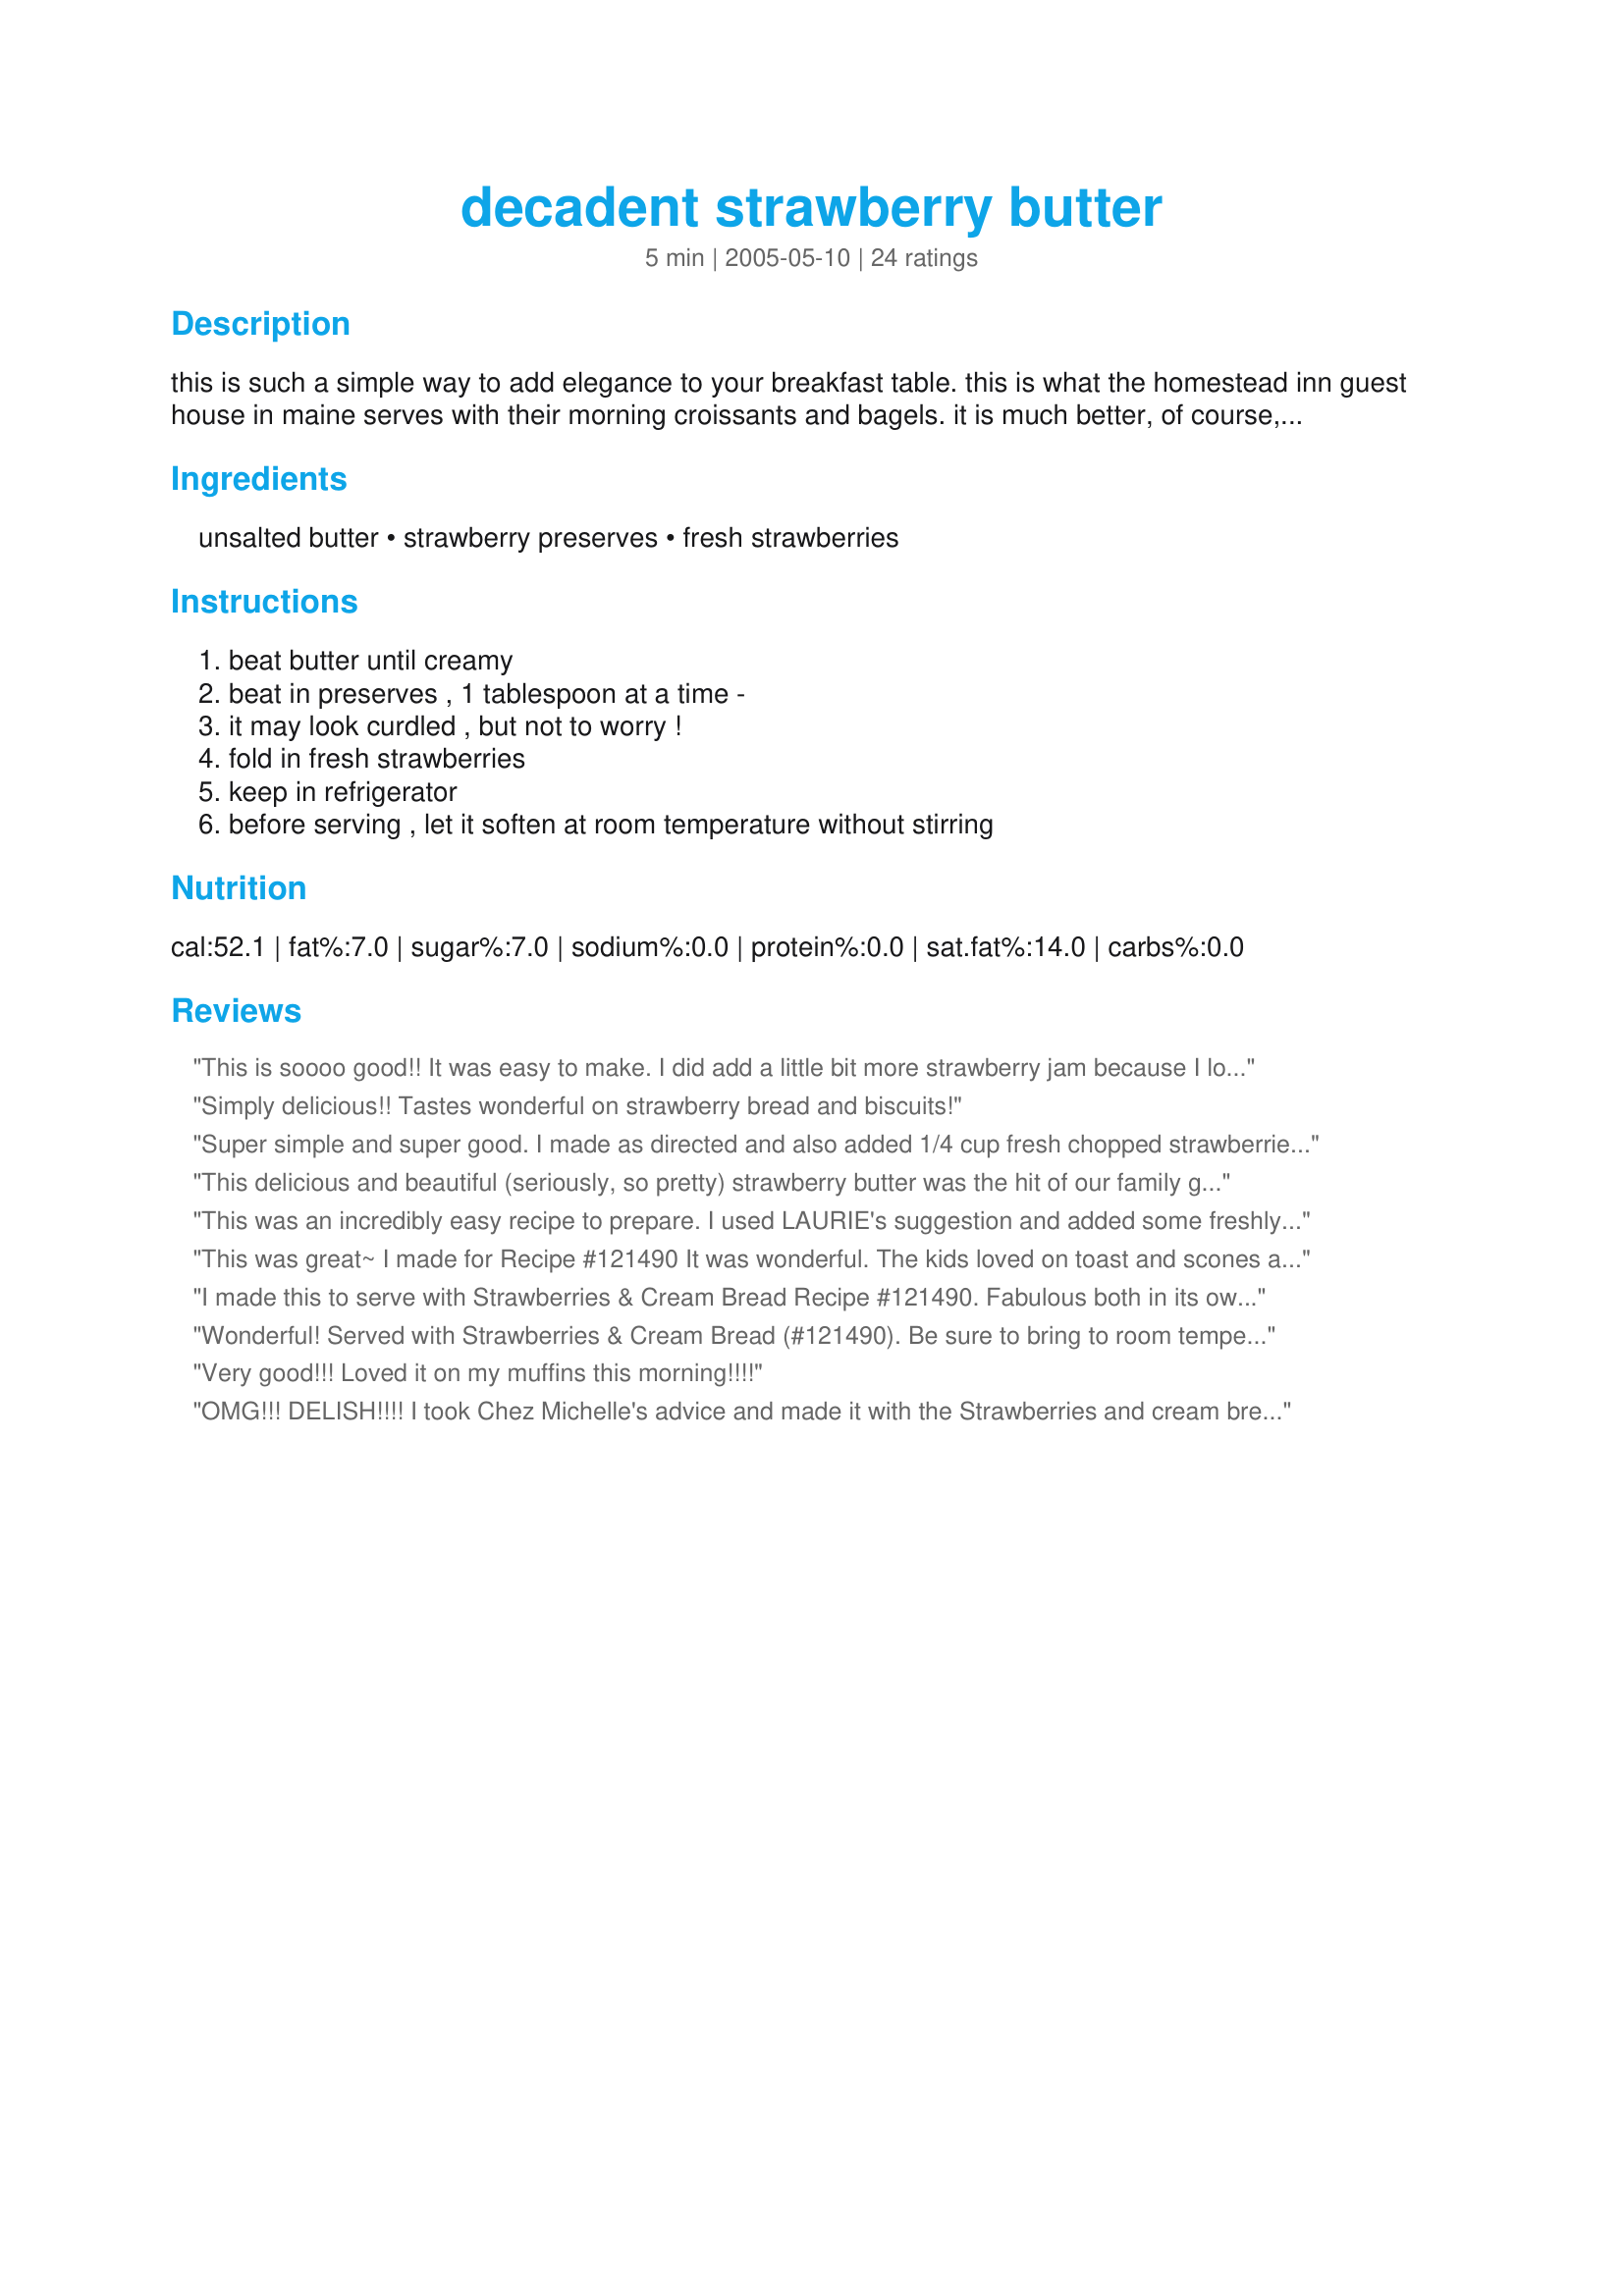
decadent strawberry butter
Preparation time: 5 minutes

this is such a simple way to add elegance to your breakfast table. this is what the homestead inn guest house in maine serves with their morning croissants and bagels. it is much better, of course, if you make it with homemade strawberry jam. i have made it with blackberry and raspberry jam as well. it is a little something that will make your guests think you are a kitchen genius. serving size is an estimate.

Ingredients:
unsalted butter, strawberry preserves, fresh strawberries

Steps:
beat butter until creamy, beat in preserves , 1 tablespoon at a time -, it may look curdled , but not to worry !, fold in fresh strawberries, keep in refrigerator, before serving , let it soften at room temperature without stirring

Reviews:
This is soooo good!! It was easy to make. I did add a little bit more strawberry jam because I love strawberries. I put it on Recipe #322442 which was really good!! I have been looking for something to put on pancakes other than syrup, and this was perfect. I want to try it in toast as well. I will be making this again. Thanks for sharing your recipe. Made for PAC Fall' 08.
Simply delicious!! Tastes wonderful on strawberry bread and biscuits!
Super simple and super good. I made as directed and also added 1/4 cup fresh chopped strawberries. Had it this morning on a toasted bagel and this afternoon on a slice of homemade banana bread. To quote Rachael Ray......YUM O! Thanx Cheryl for a great recipe!
This delicious and beautiful (seriously, so pretty) strawberry butter was the hit of our family gathering. Everyone loved it on croissants and even atop almond poppy seed muffins! It was amazingly simple to prepare too. I wouldn&#039;t change at thing. Thank you!
This was an incredibly easy recipe to prepare. I used LAURIE's suggestion and added some freshly chopped strawberries to the mix too. I bet this would be good with Pancakes and/or waffels as well. Very good - thumbs up for this one!
This was great~ I made for Recipe #121490 It was wonderful. The kids loved on toast and scones as well. Thank you for posting this recipe :)
I made this to serve with Strawberries & Cream Bread Recipe #121490. Fabulous both in its own right and served with the bread: Strawberry Lovers' Heaven! Like several other reviewers, I made this with fresh chopped strawberries.
Wonderful! Served with Strawberries & Cream Bread (#121490). Be sure to bring to room temperature per recipe - it does make a difference.
Very good!!! Loved it on my muffins this morning!!!!
OMG!!! DELISH!!!! I took Chez Michelle's advice and made it with the Strawberries and cream bread. It's hard to stop eatting it together. I can't wait to serve it at our next afternoon tea. What a nice treat!
Perfect little accompaniment for this morning's Mother's Day brunch. Perfect as is on Low-Fat Oatmeal Muffins recipe #63501.
We had this for breakfast one morning spread on croissants-Absolutely delicious!Thanks-PeggyLynn-
So Good you have to try it.
Loved these on my toasted bagel this morning. So delicious and quick to make when you want something just a little extra special. Thanks for sharing NCMS!
Unbelievable--I made it with the bread recipe Recipe #121490. It is very easy and makes you look like a cooking star. Please let it sit at room temperature before serving, the flavors come together and it is easier to spead. It is delicous and like I said , very easy to make. I put a little more strawberry jam too as others stated. Thanks--great recipe.
Made this to go with your Strawberry and Cream Bread recipe #121490. I highly recommend this recipe, and thought it was really good with the bread, and again the presentation was fantastic. I had the perfect glass for it. Looked very elegant. Thank you for sharing !
Such a tasty morning treat. Easy to prepare and tastes great. I used this butter on some toasted bagels, and it was so good. Definately needs to be room temperature to soft and creamy.
Thanks for sharing such a great idea.
I served this with recipe#121490 and it took the strawberry bread to a whole new level. This was an amazing butter and will be made often to serve with different things. Thanks NcMysteryShopper for this finger lickin butter!
Yummy Butter, I made this with fresh strawberrys chopped up. I used this on your Decadent Strawberry Bread, it was fantastic, thanks for a great recipe.
I just tried this on an english muffin and it was very good. I have some Strawberry Muffins (#35393) in the oven now and can't wait to try the butter on them too. Thank you for sharing.
This is absolutely delicious! Served with Strawberries & Cream Bread (#121490). Be sure to bring to room temperature. Can't wait to try it on pancakes.
I love this quick, simple elegant butter! It's pretty to look at and wonderful to spread, once room temperature. Tastes divine -- thanks for sharing!
Oh...this is good! I made this for ZWT 2007. I had made some fresh cornbread and wanted something different to put on it. And since I had a bunch of fresh strawberries...I thought why not? It's really simple to put together and very tasty. It's great for a quick easy topping to some tasty toast!
I served this with your WONDERFUL & ADDICTIVE Strawberry and Cream Bread. This was really good and I will use this to smear on my bagels!
